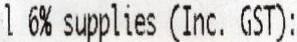
L 6% SUPPLIES (INC. GST):